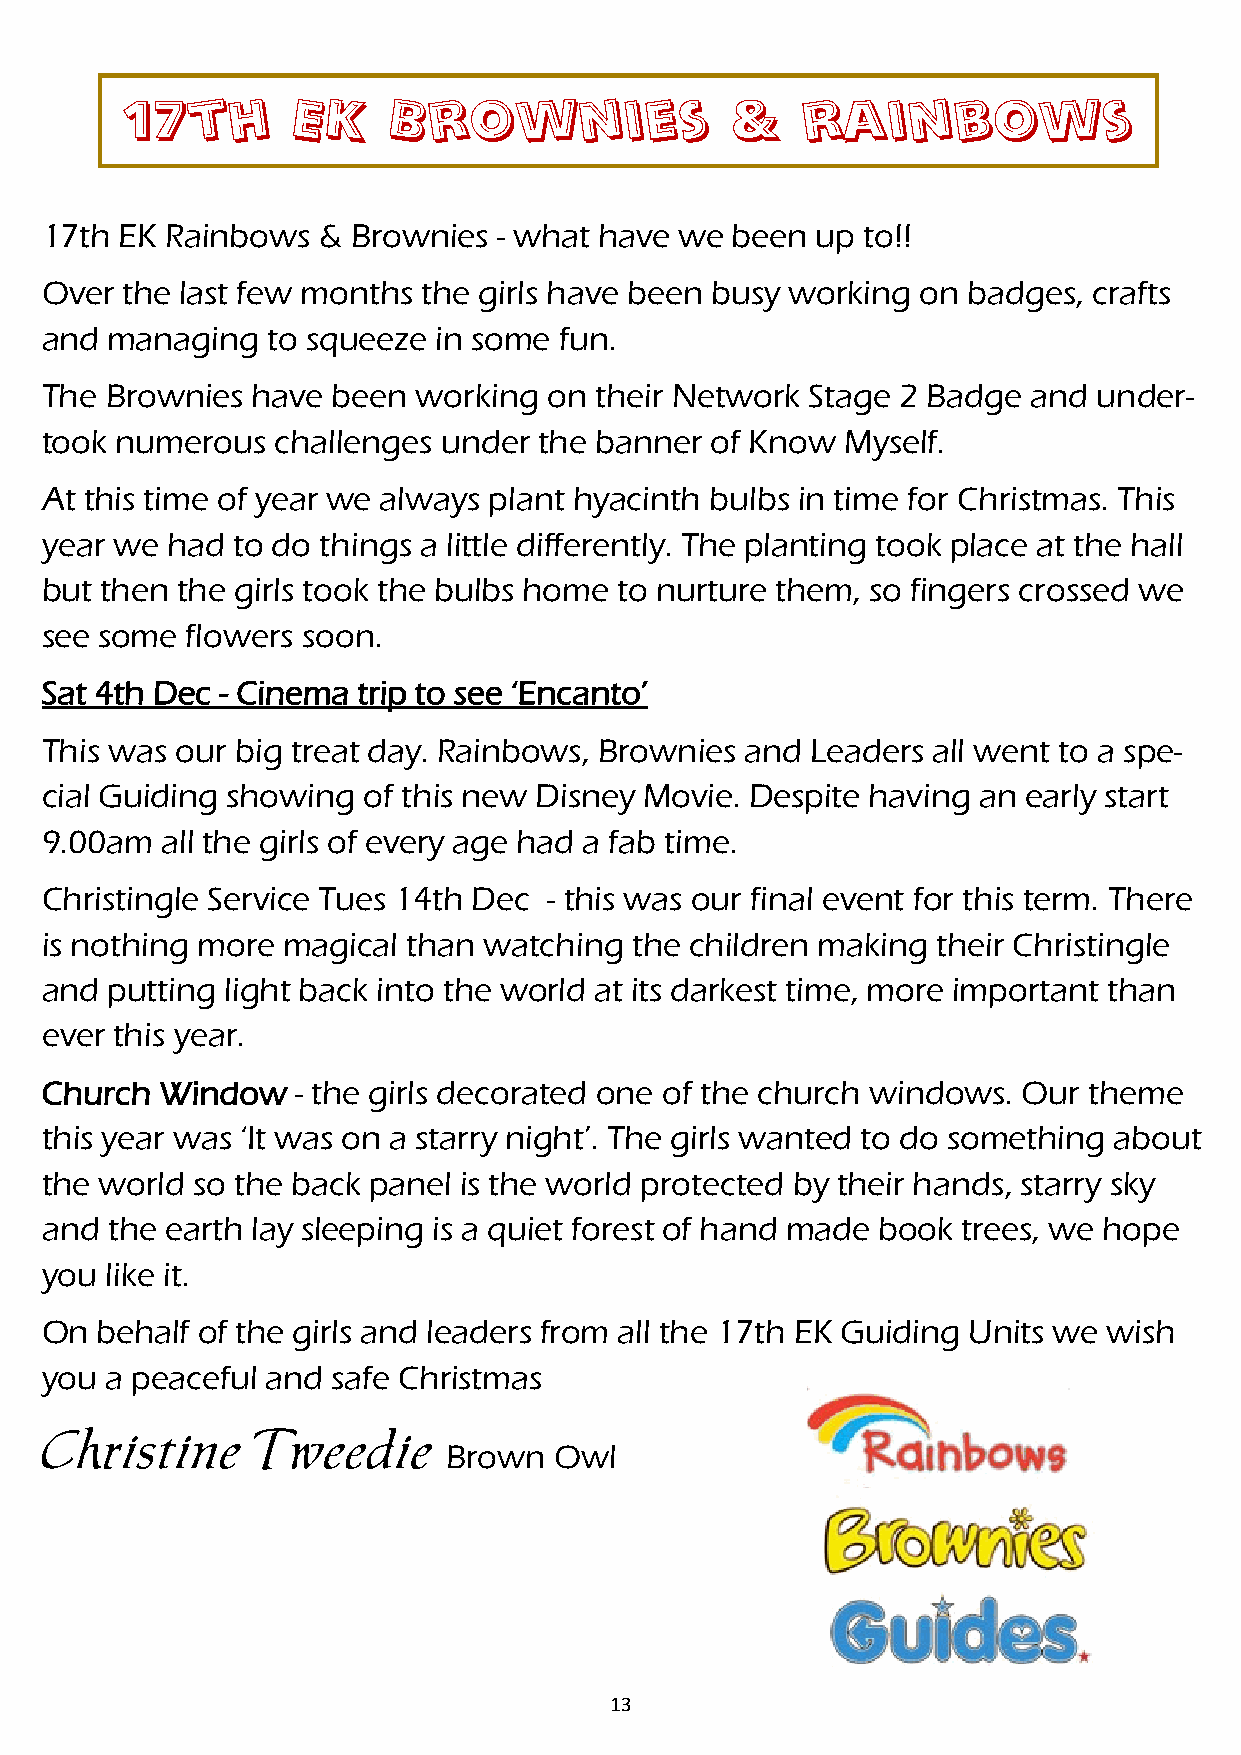
17th       EK     Brownies              &    rainbows
 17th EK Rainbows  & Brownies  - what have we been  up to!!
 Over the last few months the girls have been busy working on badges, crafts
 and managing   to squeeze in some fun.
 The Brownies  have been  working on their Network  Stage 2 Badge and  under-
 took numerous  challenges under  the banner of Know  Myself.
 At this time of year we always plant hyacinth bulbs in time for Christmas. This
 year we had to do things a little differently. The planting took place at the hall
 but then the girls took the bulbs home to nurture them, so fingers crossed we
 see some flowers soon.
 Sat 4th Dec - Cinema trip to see ‘Encanto’
 This was our big treat day. Rainbows, Brownies and Leaders all went to a spe-
 cial Guiding showing of this new Disney Movie. Despite having an early start
 9.00am  all the girls of every age had a fab time.
 Christingle Service Tues 14th Dec - this was our final event for this term. There
 is nothing more magical than watching  the children making their Christingle
 and putting light back into the world at its darkest time, more important than
 ever this year.
 Church  Window   - the girls decorated one of the church windows. Our theme
 this year was ‘It was on a starry night’. The girls wanted to do something about
 the world so the back panel is the world protected by their hands, starry sky
 and the earth lay sleeping is a quiet forest of hand made book trees, we hope
 you like it.
 On behalf of the girls and leaders from all the 17th EK Guiding Units we wish
 you a peaceful and safe Christmas
 Christine     Tweedie
 Brown   Owl
 13